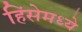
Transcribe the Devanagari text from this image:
हिंसेमध्ये